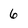
Character: 6